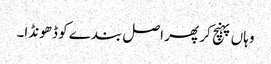
وہاں پہنچ کر پھر اصل بندے کو ڈھونڈا۔